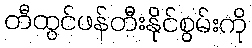
တီထွင်ဖန်တီးနိုင်စွမ်းကို